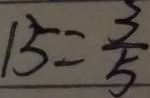
1 5 = \frac { 3 } { 5 }